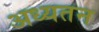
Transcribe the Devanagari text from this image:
अध्यतन